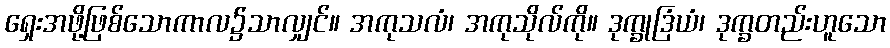
ရှေးအဖို့ဖြစ်သောကာလ၌သာလျှင်။ အကုသလံ၊ အကုသိုလ်ကို။ ဒုက္ခုဒြံယံ၊ ဒုက္ခတည်းဟူသော